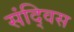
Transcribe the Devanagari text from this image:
संद्विस